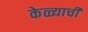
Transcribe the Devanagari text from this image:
केळ्याची